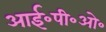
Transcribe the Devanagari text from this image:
आई॰पी॰ओ॰